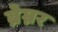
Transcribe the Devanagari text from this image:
ब्रेम्नर